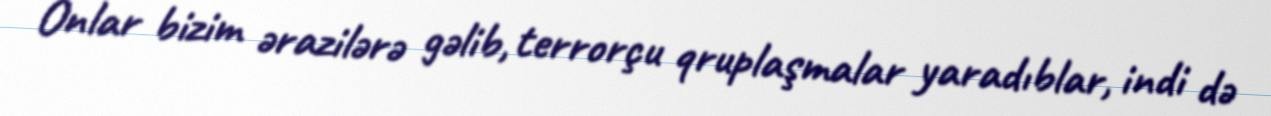
Onlar bizim ərazilərə gəlib, terrorçu qruplaşmalar yaradıblar, indi də